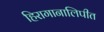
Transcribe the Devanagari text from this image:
हिरागानालिपीत